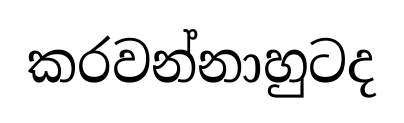
කරවන්නාහුටද